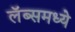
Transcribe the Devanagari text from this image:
लॅब्समध्ये